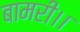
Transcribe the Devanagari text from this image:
बामरी।।